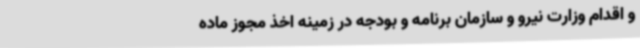
و اقدام وزارت نیرو و سازمان برنامه و بودجه در زمینه اخذ مجوز ماده